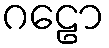
ဂဠော